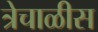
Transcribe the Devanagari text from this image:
त्रेचाळीस